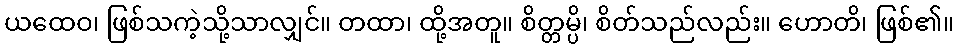
ယထေဝ၊ ဖြစ်သကဲ့သို့သာလျှင်။ တထာ၊ ထို့အတူ။ စိတ္တမ္ပိ၊ စိတ်သည်လည်း။ ဟောတိ၊ ဖြစ်၏။